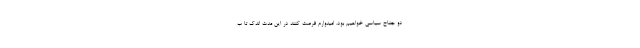
دو جناح سیاسی خواهیم بود. امیدوارم فرصت کنند در این مدت اندک تا ب